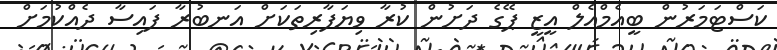
ކަސްޓަމަރުން ބީއެމްއެލް އީޒީ ޕޭގެ ދަށުން ކުރާ ވިޔަފާރިތަކަށް އަނބުރާ ފައިސާ ދެއްކުމަށް